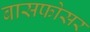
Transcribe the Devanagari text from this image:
बासफोसर